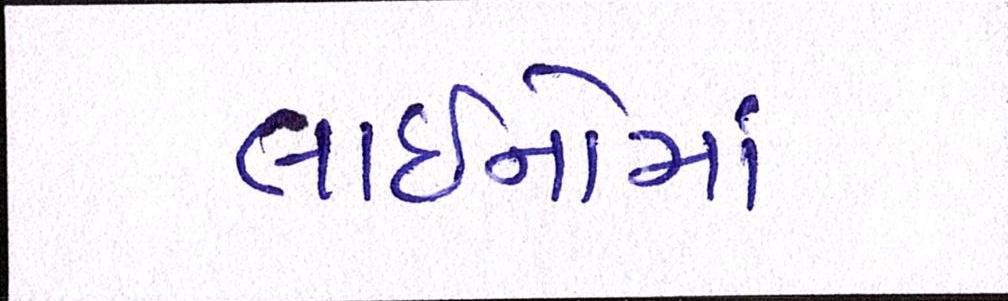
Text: લાઈનોમાં